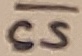
Text: CS